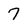
Character: 7